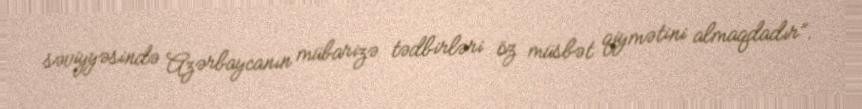
səviyyəsində Azərbaycanın mübarizə tədbirləri öz müsbət qiymətini almaqdadır”.